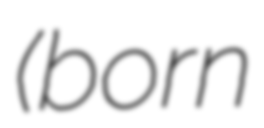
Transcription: (born